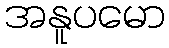
အနူပမော